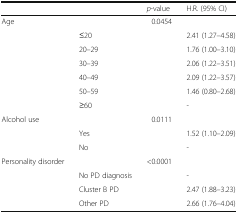
<table><thead><tr><td></td><td></td><td><b><i>p</i>-value</b></td><td><b>H.R. (95% CI)</b></td></tr></thead><tbody><tr><td rowspan="7">Age</td><td></td><td>0.0454</td><td></td></tr><tr><td>≤20</td><td></td><td>2.41 (1.27–4.58)</td></tr><tr><td>20–29</td><td></td><td>1.76 (1.00–3.10)</td></tr><tr><td>30–39</td><td></td><td>2.06 (1.22–3.51)</td></tr><tr><td>40–49</td><td></td><td>2.09 (1.22–3.57)</td></tr><tr><td>50–59</td><td></td><td>1.46 (0.80–2.68)</td></tr><tr><td>≥60</td><td></td><td>-</td></tr><tr><td rowspan="3">Alcohol use</td><td></td><td>0.0111</td><td></td></tr><tr><td>Yes</td><td></td><td>1.52 (1.10–2.09)</td></tr><tr><td>No</td><td></td><td>-</td></tr><tr><td rowspan="4">Personality disorder</td><td></td><td>&lt;0.0001</td><td></td></tr><tr><td>No PD diagnosis</td><td></td><td>-</td></tr><tr><td>Cluster B PD</td><td></td><td>2.47 (1.88–3.23)</td></tr><tr><td>Other PD</td><td></td><td>2.66 (1.76–4.04)</td></tr></tbody></table>